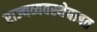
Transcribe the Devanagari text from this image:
राज्यव्यवस्थेबाबत